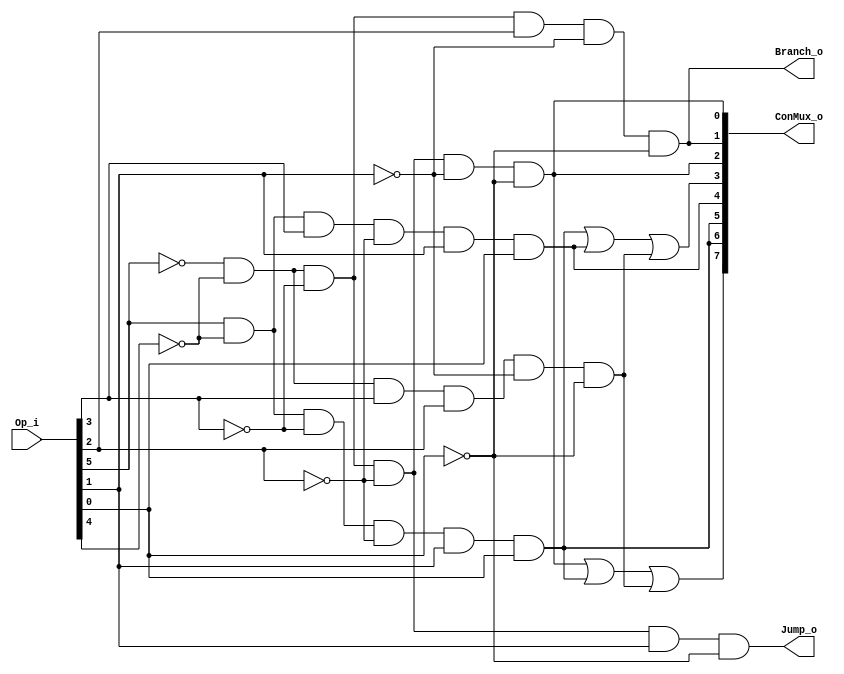
module Control(
Op_i,
ConMux_o,
Branch_o,
Jump_o);

input   [5:0]   Op_i;
output  [7:0]   ConMux_o;
output  Branch_o;
output  Jump_o;

reg r, addi, lw, sw, beq, j;
wire RegWrite, MemtoReg, MemRead, MemWrite, ALUSrc, RegDst;
wire [1:0] ALUOp;

always @(*) begin
    r = !Op_i[5] && !Op_i[4] && !Op_i[3] && !Op_i[2] && !Op_i[1] && !Op_i[0];
    addi = !Op_i[5] && !Op_i[4] && Op_i[3] && Op_i[2] && !Op_i[1] && !Op_i[0];
    lw = Op_i[5] && !Op_i[4] && !Op_i[3] && !Op_i[2] && Op_i[1] && Op_i[0];
    sw = Op_i[5] && !Op_i[4] && Op_i[3] && !Op_i[2] && Op_i[1] && Op_i[0];
    beq = !Op_i[5] && !Op_i[4] && !Op_i[3] && Op_i[2] && !Op_i[1] && !Op_i[0];
    j = !Op_i[5] && !Op_i[4] && !Op_i[3] && !Op_i[2] && Op_i[1] && !Op_i[0];
end

assign RegWrite = r | lw | addi;
assign MemtoReg = lw;
assign MemRead = lw;
assign MemWrite = sw;
assign ALUSrc = lw | sw | addi;
assign ALUOp = {r, beq};
assign RegDst = r;

assign ConMux_o = {RegWrite, MemtoReg, MemRead, MemWrite, ALUSrc, ALUOp, RegDst};
assign Branch_o = beq;
assign Jump_o = j;

endmodule